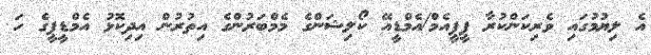
އެ ލިޔުމުގައި ވެރިކަންކުރާ ޕީޕީއެމް/އެމްޑީއޭ ކޯލިޝަންގެ މެމްބަރުންގެ އިތުރުން އިދިކޮޅު އެމްޑީޕީގެ ހަ